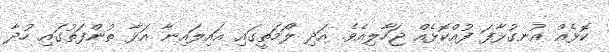
ކޮޅެއް އުނގުޅާފަ ފުއްކޮޅެއް ޖަހާލިއެވެ. އަދި ލޯމަތީގައި އައިލައިނާ އަޅާ ތުންފަތުގައި ހުދާ